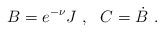
LaTeX: \begin{align*}B = e^{-\nu} J\ , \ \ C=\dot B\ . \end{align*}